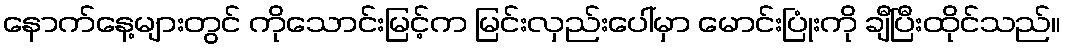
နောက်နေ့များတွင် ကိုသောင်းမြင့်က မြင်းလှည်းပေါ်မှာ မောင်းပြုံးကို ချီပြီးထိုင်သည်။